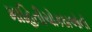
માહિતીચોકઠાઓની